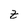
Character: Z